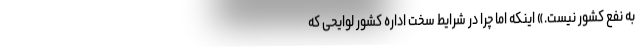
به نفع کشور نیست.» اینکه اما چرا در شرایط سخت اداره کشور لوایحی که